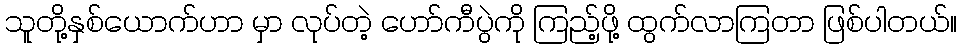
သူတို့နှစ်ယောက်ဟာ မှာ လုပ်တဲ့ ဟော်ကီပွဲကို ကြည့်ဖို့ ထွက်လာကြတာ ဖြစ်ပါတယ်။